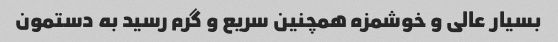
بسیار عالی و خوشمزه همچنین سریع و گرم رسید به دستمون